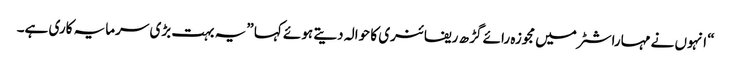
“ انہوں نے مہاراشٹر میں مجوزہ رائے گڑ ھ ریفائنری کا حوالہ دیتے ہوئے کہا ”یہ بہت بڑی سرمایہ کاری ہے۔